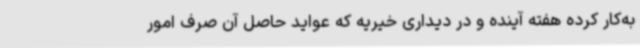
به‌کار کرده هفته آینده و در دیداری خیریه که عواید حاصل آن صرف امور